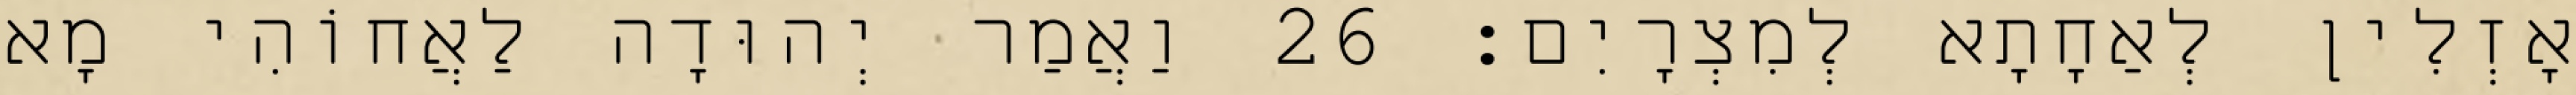
אָזְלִין לְאַחָתָא לְמִצְרָיִם׃ 26 וַאֲמַר יְהוּדָה לַאֲחוֹהִי מָא